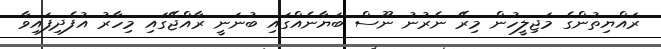
ރައްޔިތުންގެ މަޖިލީހުން މިރޭ ނެރުނު ނޫސް ބަޔާނެއްގައި ބުނަނީ ރާއްޖޭގައި މިހާރު އުފެދިފައިވާ